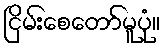
ငြိမ်းစေတော်မူပုံ။